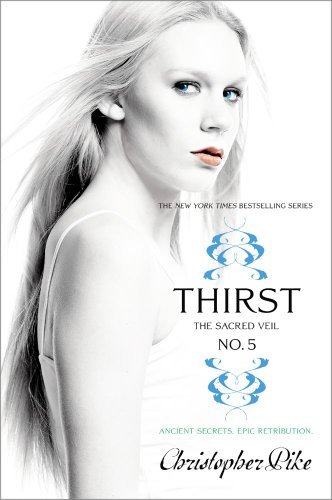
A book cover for Thirst No. 5: The Sacred Veil; Christopher Pike; Teen & Young Adult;